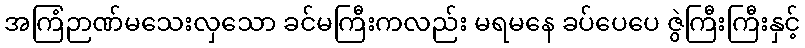
အကြံဉာဏ်မသေးလှသော ခင်မကြီးကလည်း မရမနေ ခပ်ပေပေ ဇွဲကြီးကြီးနှင့်